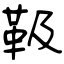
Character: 靸